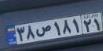
۳۸ص۱۸۱۲۱